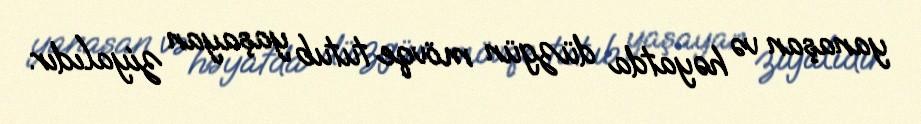
yanaşan və həyatda düzgün mövqe tutub yaşayan ziyalıdır.